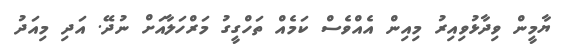
ޔާމީން ވިދާޅުވިއިރު މިއިން އެއްވެސް ކަމެއް ތަހްގީގު މަރްހަލާއަށް ނުދޭ. އަދި މިއަދު